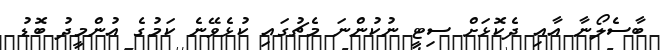
ބާސެލޯނާ އާއި ދެކޮޅަށް ސިޓީ ނުކުންނަ މެޗުގައި ކުޅެވޭނެ ކަމުގެ އުންމީދު ބޮޑު